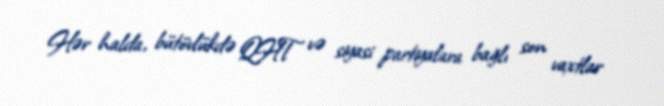
Hər halda, bütövlükdə QHT və siyasi partiyalara bağlı son vaxtlar